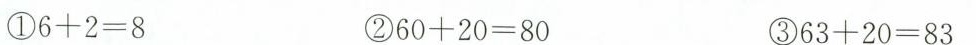
①$$6 + 2 = 84$ ②$$6 0 + 2 0 = 8 0$$ ③ $$6 3 + 2 0 = 8 3$$